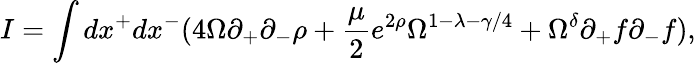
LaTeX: I=\int dx^{+}dx^{-}(4\Omega\partial_{+}\partial_{-}\rho+\frac{\mu}{2}e^{2\rho}\Omega^{1-\lambda-\gamma/4}+\Omega^{\delta}\partial_{+}f\partial_{-}f),